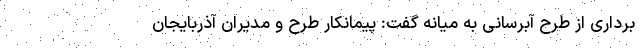
برداری از طرح آبرسانی به میانه گفت: پیمانکار طرح و مدیران آذربایجان